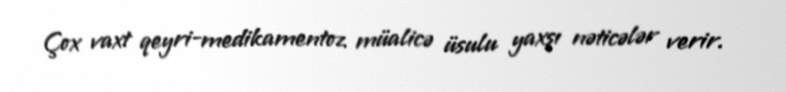
Çox vaxt qeyri-medikamentoz müalicə üsulu yaxşı nəticələr verir.